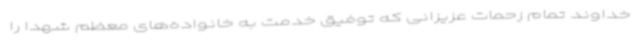
خداوند تمام زحمات عزیزانی که توفیق خدمت به خانواده‌های معظم شهدا را